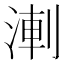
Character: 𭱆